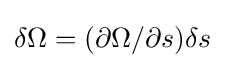
\delta \Omega =(\partial \Omega /\partial s)\delta s